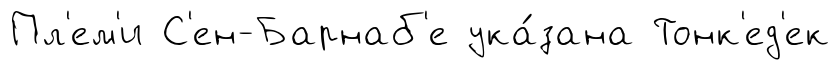
Пл'ем'и С'ен-Барнаб'е ука́зана Тонк'ед'ек